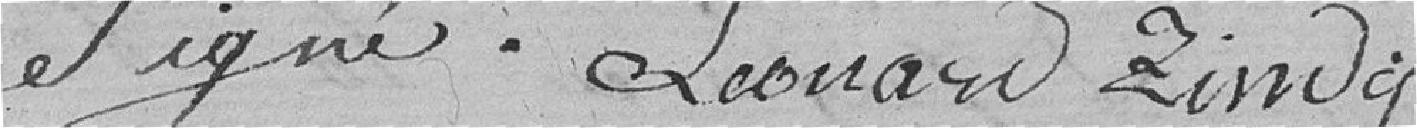
et signé. Leonard Zindy